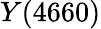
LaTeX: Y(4660)